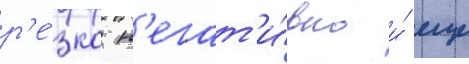
р'е́зко н'егат'и́вно и́ еще